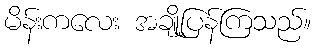
မိန်းကလေး အချို့ပြန်ကြသည်။